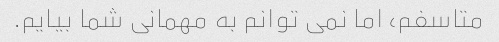
متاسفم، اما نمی توانم به مهمانی شما بیایم.